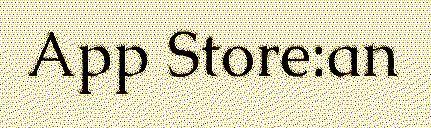
App Store:an